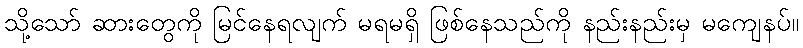
သို့သော် ဆားတွေကို မြင်နေရလျက် မရမရှိ ဖြစ်နေသည်ကို နည်းနည်းမှ မကျေနပ်။